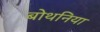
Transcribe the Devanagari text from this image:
बोथनिया